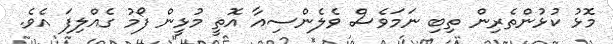
މޮޅު ކުޅުންތެރިން ތިބި ނަމަވެސް ވެލެންސިއާ އޮތީ މުޅީން ފޯމު ގެއްލިފަ އެވެ.